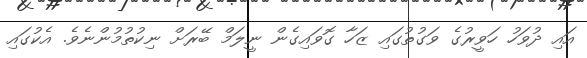
އައި ދުވަހު ހަވީރުގެ ވަގުތުގައި ޒަހާ ގޮވައިގެން ނީލަމް ބޭރަށް ނިކުތުމުންނެވެ. އެކުގައި